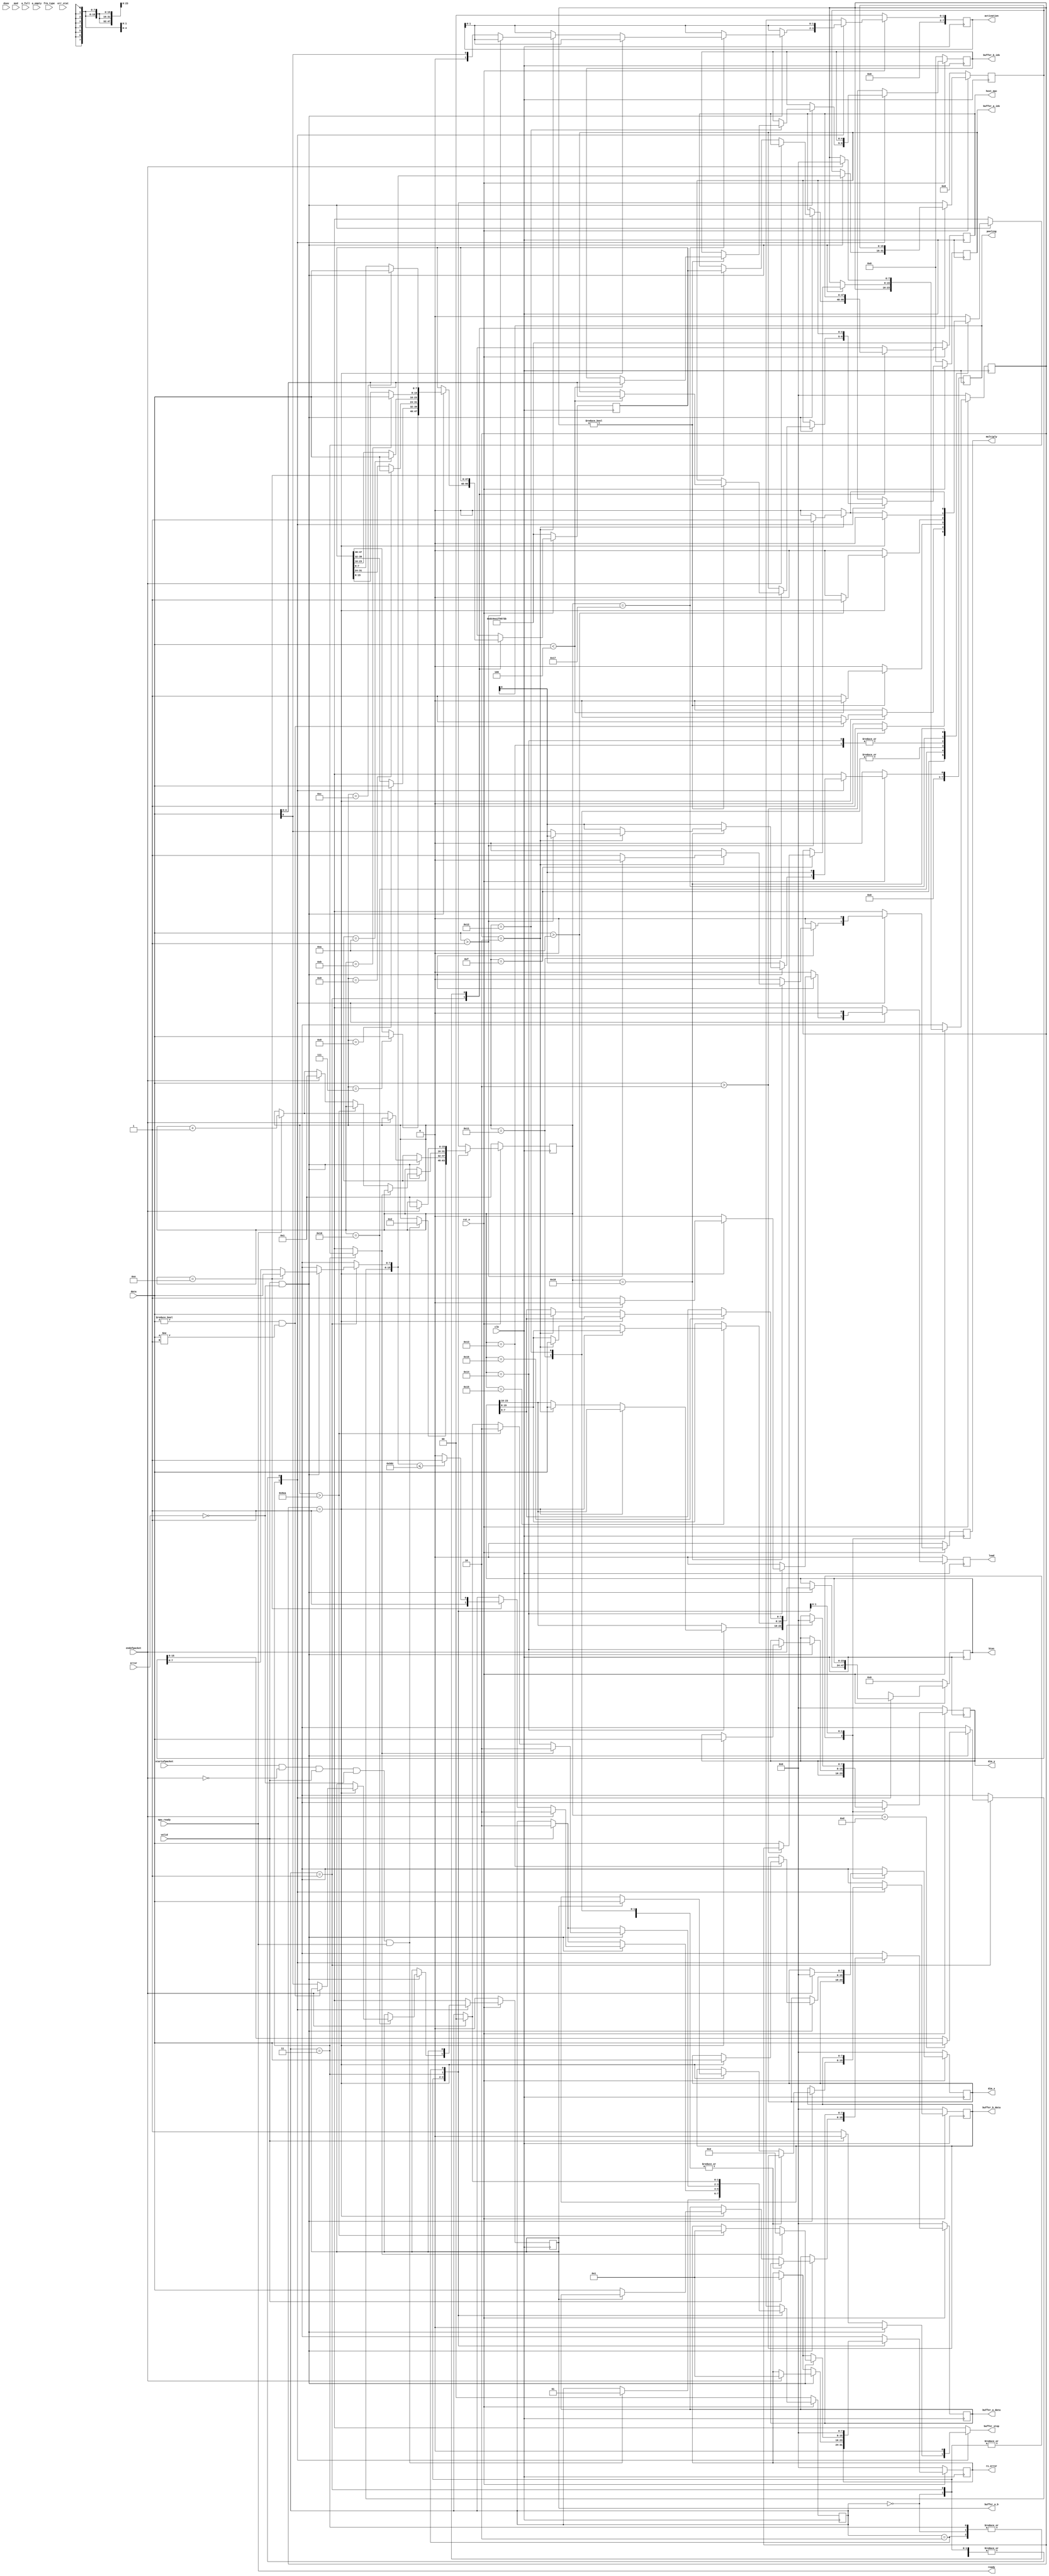

/* Ethernet frames decoder for TPU design */
/*       RAW ETHERNET FRAMES ONLY         */

module eth_rx #(parameter MMU_SIZE = 10)
(
    input  wire        clk,
    input  wire        rst_n,
    /* Input Avalon Stream */
    input  wire [7:0]  data,
    input  wire        valid,
    output wire        ready,
    input  wire [5:0]  error,
    input  wire        startofpacket,
    input  wire        endofpacket,
    /* Other RX signals */
    input  wire        dsav,
    input  wire [1:0]  mod,
    input  wire [3:0]  frm_type,
    input  wire        a_full,
    input  wire        a_empty,
    input  wire [17:0] err_stat,
    /* Buffer signals */
    output reg        buffer_stop,
    output reg [7:0]  buffer_a_data,
    output reg [7:0]  buffer_b_data,
    output reg [4:0]  buffer_a_idx,
    output reg [4:0]  buffer_b_idx,
    output reg [7:0]  dim_x,
    output reg [7:0]  dim_y,
    /* Controller signals */
    output reg        load,
    output reg        buffer_a_b,
    output reg        multiply,
    output reg signed [23:0] bias,
    output reg [7:0]  activation,
    output reg [7:0]  pooling,
    input wire 				mpu_ready,
    /* Other signals */
    output reg [47:0] host_mac,
    output reg [7:0]  rx_error
);

  /* FSM states */
  localparam [1:0] STATE_IDLE = 2'b00;
  localparam [1:0] STATE_HEADER = 2'b01;
  localparam [1:0] STATE_PAYLOAD = 2'b11;
  localparam [1:0] STATE_ERROR = 2'b10;

  /* Buffer commands */
  localparam BUFFER_A = 8'h0;
  localparam BUFFER_B = 8'h1;

  /* TPU commands */
  localparam [7:0] CMD_NONE = 8'h0;
  localparam [7:0] CMD_LOAD = 8'h1;
  localparam [7:0] CMD_MULTIPLY = 8'h2;

  /* RX errors */
  localparam [7:0] ERROR_NONE = 8'h0;
  localparam [7:0] ERROR_FRAME = 8'h1;
  localparam [7:0] ERROR_CMD = 8'h2;

  /* MAC default addresses */
  localparam [47:0] MAC_DEST_DEFAULT = 48'h5044332211EE;
  localparam [47:0] MAC_SRC_DEFAULT = 48'hDC0EA1F0573B;

  localparam MTU = 1500;
  localparam BUFFER_CNT = 4;

  /* MAC addresses and length */
  reg [47:0] mac_dest, mac_dest_nxt;
  reg [47:0] mac_src, mac_src_nxt;
  reg [15:0] length, length_nxt;

  /* FSM signals */
  reg [1:0] state, state_nxt;
  reg [15:0] frame_ptr, frame_ptr_nxt;
  reg [7:0] cmd, cmd_nxt;

  /* FSM variables and flags */
  reg wrong_data;

  /* Buffer signals */
  reg [7:0] buffer_a_data_nxt;
  reg [7:0] buffer_b_data_nxt;
  reg [7:0] buffer_a_b_nxt;
  reg [4:0] buffer_a_idx_nxt;
  reg [4:0] buffer_b_idx_nxt;

  /* TPU signals */
  reg load_nxt;
  reg multiply_nxt;
  reg [7:0] dim_x_nxt;
  reg [7:0] dim_y_nxt;
  reg signed [31:0] bias_nxt;
  reg [1:0] activation_nxt;
  reg pooling_nxt;

  /* Other signals */
  reg [47:0] host_mac_nxt;
  reg [7:0] rx_error_nxt;

  always @(posedge clk) begin
    if (!rst_n) begin
      state <= STATE_IDLE;
      frame_ptr <= 1;
      cmd <= CMD_NONE;
      mac_dest <= MAC_DEST_DEFAULT;
      mac_src <= MAC_SRC_DEFAULT;
      length <= 16'b0;
      buffer_a_b <= BUFFER_A;
      buffer_a_data <= 8'h0;
      buffer_a_idx <= 5'b0;
      buffer_b_data <= 8'h0;
      buffer_b_idx <= 5'b0;
      load <= 1'b0;
      multiply <= 1'b0;
      dim_x <= 0;
      dim_y <= 0;
      bias <= 0;
      activation <= 1'b0;
      pooling <= 1'b0;
      host_mac <= MAC_SRC_DEFAULT;
      rx_error <= 8'h0;
    end
    else begin
      state <= state_nxt;
      frame_ptr <= frame_ptr_nxt;
      cmd <= cmd_nxt;
      mac_dest <= mac_dest_nxt;
      mac_src <= mac_src_nxt;
      length <= length_nxt;
      buffer_a_b <= buffer_a_b_nxt;
      buffer_a_data <= buffer_a_data_nxt;
      buffer_a_idx <= buffer_a_idx_nxt;
      buffer_b_data <= buffer_b_data_nxt;
      buffer_b_idx <= buffer_b_idx_nxt;
      load <= load_nxt;
      multiply <= multiply_nxt;
      dim_x <= dim_x_nxt;
      dim_y <= dim_y_nxt;
      bias <= bias_nxt[23:0];
      activation <= activation_nxt;
      pooling <= pooling_nxt;
      host_mac <= host_mac_nxt;
      rx_error <= rx_error_nxt;
    end
  end

  always @* begin
    /* Default values */
    state_nxt = state;
    frame_ptr_nxt = frame_ptr;
    cmd_nxt = cmd;
    wrong_data = 1'b0;
    mac_dest_nxt = mac_dest;
    mac_src_nxt = mac_src;
    length_nxt = length;
    buffer_stop = 1'b0;
    buffer_a_b_nxt = buffer_a_b;
    buffer_a_data_nxt = buffer_a_data;
    buffer_a_idx_nxt = buffer_a_idx;
    buffer_b_data_nxt = buffer_b_data;
    buffer_b_idx_nxt = buffer_b_idx;
    load_nxt = 1'b0;
    multiply_nxt = 1'b0;
    dim_x_nxt = dim_x;
    dim_y_nxt = dim_y;
    bias_nxt = bias;
    activation_nxt = activation;
    pooling_nxt = pooling;
    host_mac_nxt = host_mac;
    rx_error_nxt = rx_error;
    /* State machine */
    case (state)
      STATE_IDLE: begin
        if (startofpacket && !endofpacket && valid && !error && ready) begin
          state_nxt = STATE_HEADER;
          frame_ptr_nxt = 2;
          mac_dest_nxt[47:40] = data;
        end
      end
      STATE_HEADER: begin
        if (valid && !error) begin
          case (frame_ptr)
            2: mac_dest_nxt[39:32] = data;
            3: mac_dest_nxt[31:24] = data;
            4: mac_dest_nxt[23:16] = data;
            5: mac_dest_nxt[15:8] = data;
            6: mac_dest_nxt[7:0] = data;
            7: mac_src_nxt[47:40] = data;
            8: mac_src_nxt[39:32] = data;
            9: mac_src_nxt[31:24] = data;
            10: mac_src_nxt[23:16] = data;
            11: mac_src_nxt[15:8] = data;
            12: mac_src_nxt[7:0] = data;
            13: length_nxt[15:8] = data;
            14: length_nxt[7:0] = data;
          endcase
          if (endofpacket) begin
            state_nxt = STATE_ERROR;
            rx_error_nxt = ERROR_FRAME;
          end
          else if (frame_ptr == 14) begin
            state_nxt = (length_nxt <= MTU) ? STATE_PAYLOAD : STATE_ERROR;
            frame_ptr_nxt = ready ? frame_ptr + 1 : frame_ptr;
            host_mac_nxt = mac_src;
          end
          else begin
            state_nxt = state;
            frame_ptr_nxt = ready ? frame_ptr + 1 : frame_ptr;
          end
        end
        else if (!valid) begin
          state_nxt = state;
          frame_ptr_nxt = frame_ptr;
        end
        else begin
          state_nxt = STATE_ERROR;
          rx_error_nxt = ERROR_FRAME;
        end
      end
      STATE_PAYLOAD: begin
        if (valid && !error) begin
          /* RAW ETHERNET FRAMES ONLY */
          case (frame_ptr)
            15: begin
              /* Command */
              if (data > CMD_MULTIPLY)
                wrong_data = 1'b1;
              else
                cmd_nxt = data;
            end
            16: begin
              /* Buffer A or B */
              if (cmd == CMD_LOAD) begin
                if (data != BUFFER_A && data != BUFFER_B)
                  wrong_data = 1'b1;
                else
                  buffer_a_b_nxt = data;
              end
            end
            17: begin
              /* Buffer A index */
              if (cmd != CMD_NONE) begin
                if (data < BUFFER_CNT) begin
                  buffer_a_idx_nxt = data;
                end
                else
                  wrong_data = 1'b1;
              end
            end
            18: begin
              /* Buffer B index */
              if (cmd != CMD_NONE) begin
                if (data < BUFFER_CNT) begin
                  buffer_b_idx_nxt = data;
                end
                else
                  wrong_data = 1'b1;
              end
            end
            19: begin
              /* Row size */
              if (cmd == CMD_LOAD) begin
                dim_x_nxt = data;
                if (dim_x_nxt > MMU_SIZE)
                  wrong_data = 1'b1;
              end
              /* Bias */
              else if (cmd == CMD_MULTIPLY)
                bias_nxt[31:24] = data;
            end
            20: begin
              /* Column size */
              if (cmd == CMD_LOAD) begin
                dim_y_nxt = data;
                if (dim_y_nxt > MMU_SIZE)
                  wrong_data = 1'b1;
                else
                  load_nxt = 1'b1;
              end
              /* Bias */
              else if (cmd == CMD_MULTIPLY)
                bias_nxt[23:16] = data;
            end
            21: begin
              /* Empty cycle for MMU controller operations */
              if (cmd == CMD_LOAD)
                ;
              /* Bias */
              else if (cmd == CMD_MULTIPLY)
                bias_nxt[15:8] = data;
            end
            22: begin
              /* Loading data */
              if (cmd == CMD_LOAD) begin
                if (buffer_a_b == BUFFER_A)
                  buffer_a_data_nxt = data;
                else
                  buffer_b_data_nxt = data;
              end
              /* Bias */
              else if (cmd == CMD_MULTIPLY)
                bias_nxt[7:0] = data;
            end
            23: begin
              /* Loading data */
              if (cmd == CMD_LOAD) begin
                if (buffer_a_b == BUFFER_A)
                  buffer_a_data_nxt = data;
                else
                  buffer_b_data_nxt = data;
              end
              /* Activation */
              else if (cmd == CMD_MULTIPLY) begin
                if (data > 8'h1)
                  wrong_data = 1'b1;
                else
                  activation_nxt = data[0];
              end
            end
            24: begin
              /* Loading data */
              if (cmd == CMD_LOAD) begin
                if (buffer_a_b == BUFFER_A)
                  buffer_a_data_nxt = data;
                else
                  buffer_b_data_nxt = data;
              end
              /* Pooling */
              if (cmd == CMD_MULTIPLY) begin
                if (data > 8'h1)
                  wrong_data = 1'b1;
                else begin
                  multiply_nxt = 1'b1;
                  pooling_nxt = data[0];
                end
              end
            end
            default: begin
              /* Loading data */
              if (cmd == CMD_LOAD) begin
                if (buffer_a_b == BUFFER_A)
                  buffer_a_data_nxt = data;
                else
                  buffer_b_data_nxt = data;
              end
            end
          endcase
          if (wrong_data) begin
            state_nxt = STATE_ERROR;
            rx_error_nxt = ERROR_CMD;
            wrong_data = 1'b0;
          end
          else if (frame_ptr > 1514) begin
            state_nxt = STATE_ERROR;
            rx_error_nxt = ERROR_FRAME;
            wrong_data = 1'b0;
          end
          else if (endofpacket) begin
            state_nxt = STATE_IDLE;
            frame_ptr_nxt = 1;
          end
          else begin
            state_nxt = state;
            frame_ptr_nxt = ready ? frame_ptr + 1 : frame_ptr;
          end
        end
        else if (!valid) begin
          state_nxt = state;
          frame_ptr_nxt = frame_ptr;
          buffer_stop = 1'b1;
        end
        else begin
          state_nxt = STATE_ERROR;
          rx_error_nxt = ERROR_FRAME;
        end
      end
      STATE_ERROR: begin
	      if (endofpacket) begin
	        state_nxt = STATE_IDLE;
	        frame_ptr_nxt = 1;
	        cmd_nxt = CMD_NONE;
          dim_x_nxt = 0;
          dim_y_nxt = 0;
	      end
	      else
		    	state_nxt = state;
          rx_error_nxt = ERROR_NONE;
      end
    endcase
  end

  assign ready = mpu_ready;

endmodule